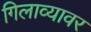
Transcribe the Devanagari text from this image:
गिलाव्यावर